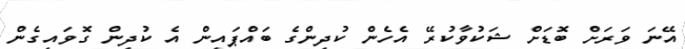
އޭނަ ވަރަށް ބޮޑަށް ޝަކުވާކުރޭ އެހެން ކުދިންގެ ބައްޕައިން އެ ކުދިން ގޮވައިގެން